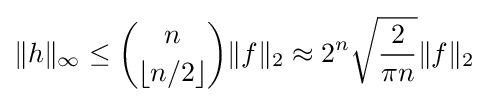
\|h\|_{\infty }\leq {\binom {n}{\lfloor n/2\rfloor }}\|f\|_{2}\approx 2^{n}{\sqrt {\frac {2}{\pi n}}}\|f\|_{2}